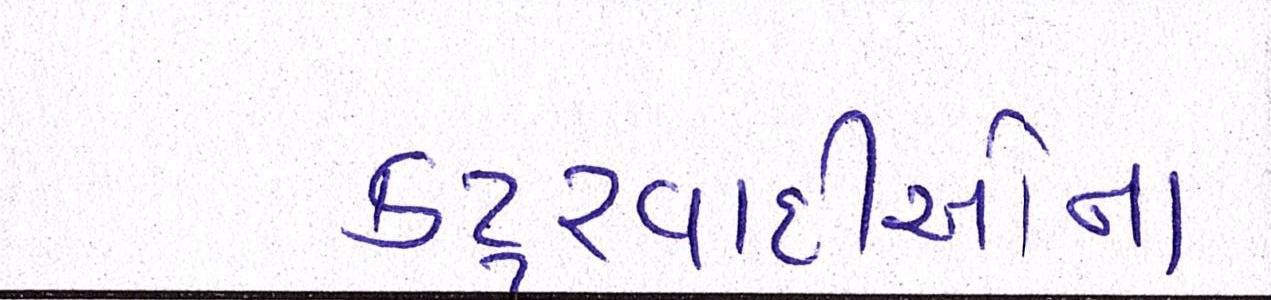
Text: કટ્ટરવાદીઓના